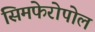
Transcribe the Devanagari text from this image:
सिमफेरोपोल